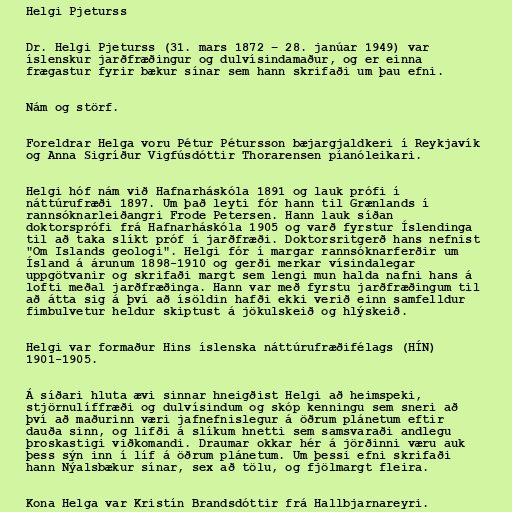
Helgi Pjeturss

Dr. Helgi Pjeturss (31. mars 1872 – 28. janúar 1949) var
íslenskur jarðfræðingur og dulvísindamaður, og er einna
frægastur fyrir bækur sínar sem hann skrifaði um þau efni.

Nám og störf.

Foreldrar Helga voru Pétur Pétursson bæjargjaldkeri í Reykjavík
og Anna Sigríður Vigfúsdóttir Thorarensen píanóleikari.

Helgi hóf nám við Hafnarháskóla 1891 og lauk prófi í
náttúrufræði 1897. Um það leyti fór hann til Grænlands í
rannsóknarleiðangri Frode Petersen. Hann lauk síðan
doktorsprófi frá Hafnarháskóla 1905 og varð fyrstur Íslendinga
til að taka slíkt próf í jarðfræði. Doktorsritgerð hans nefnist
"Om Islands geologi". Helgi fór í margar rannsóknarferðir um
Ísland á árunum 1898-1910 og gerði merkar vísindalegar
uppgötvanir og skrifaði margt sem lengi mun halda nafni hans á
lofti meðal jarðfræðinga. Hann var með fyrstu jarðfræðingum til
að átta sig á því að ísöldin hafði ekki verið einn samfelldur
fimbulvetur heldur skiptust á jökulskeið og hlýskeið.

Helgi var formaður Hins íslenska náttúrufræðifélags (HÍN)
1901-1905.

Á síðari hluta ævi sinnar hneigðist Helgi að heimspeki,
stjörnulíffræði og dulvísindum og skóp kenningu sem sneri að
því að maðurinn væri jafnefnislegur á öðrum plánetum eftir
dauða sinn, og lifði á slíkum hnetti sem samsvaraði andlegu
þroskastigi viðkomandi. Draumar okkar hér á jörðinni væru auk
þess sýn inn í líf á öðrum plánetum. Um þessi efni skrifaði
hann Nýalsbækur sínar, sex að tölu, og fjölmargt fleira.

Kona Helga var Kristín Brandsdóttir frá Hallbjarnareyri.